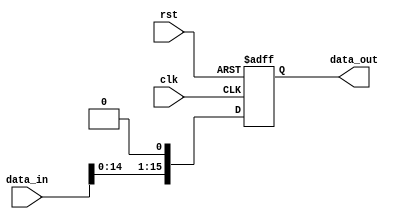
module shifter(input clk, rst,input [15:0] data_in, output reg [15:0] data_out);
always@(posedge clk,negedge rst)
begin
	if(!rst)
		data_out <= 0;
	else
		data_out <= data_in << 1;
end
endmodule